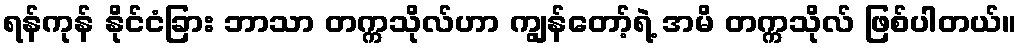
ရန်ကုန် နိုင်ငံခြား ဘာသာ တက္ကသိုလ်ဟာ ကျွန်တော့်ရဲ့ အမိ တက္ကသိုလ် ဖြစ်ပါတယ်။